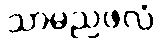
သာမညဖလံ